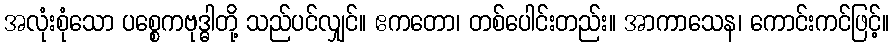
အလုံးစုံသော ပစ္စေကဗုဒ္ဓါတို့ သည်ပင်လျှင်။ ဧကတော၊ တစ်ပေါင်းတည်း။ အာကာသေန၊ ကောင်းကင်ဖြင့်။